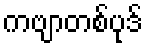
ကဗျာတစ်ပုဒ်